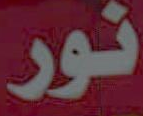
نور